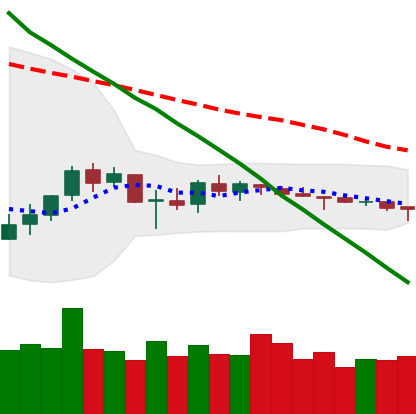
Ticker: ETC-USD
Chart end date: 2018-10-07
Forward return: -13.163%
Label: down_7plus